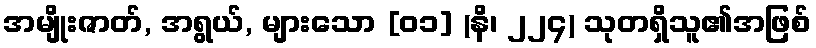
အမျိုးဇာတ်, အရွယ်, များသော [၀၁] (နိ၊ ၂၂၄) သုတရှိသူ၏အဖြစ်